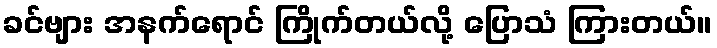
ခင်ဗျား အနက်ရောင် ကြိုက်တယ်လို့ ပြောသံ ကြားတယ်။